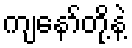
ကျနော်တို့နဲ့